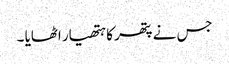
جس نے پتھر کا ہتھیار اٹھایا ۔